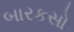
બારકસો